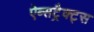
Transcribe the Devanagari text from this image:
ऐब्सट्रैक्ट्स